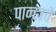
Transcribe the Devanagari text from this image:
पान्हावे